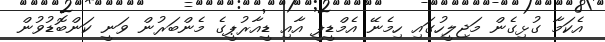
އެކަމާ ގުޅިގެން މަޖިލީހުގައި ހިމެނޭ އެމްޑީޕީ އާއި ޑީއާރުޕީގެ މެންބަރުން ވަނީ ކަންބޮޑުވުން